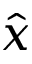
\hat { x }